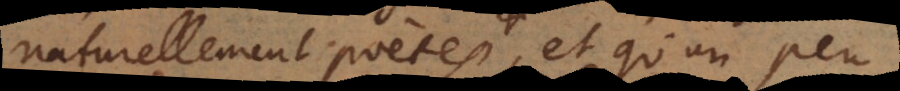
naturellement poètes, et qu’un peu